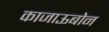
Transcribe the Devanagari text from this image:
काजाऊबोन